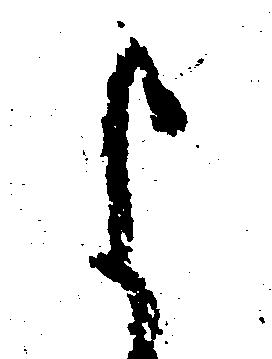
よ